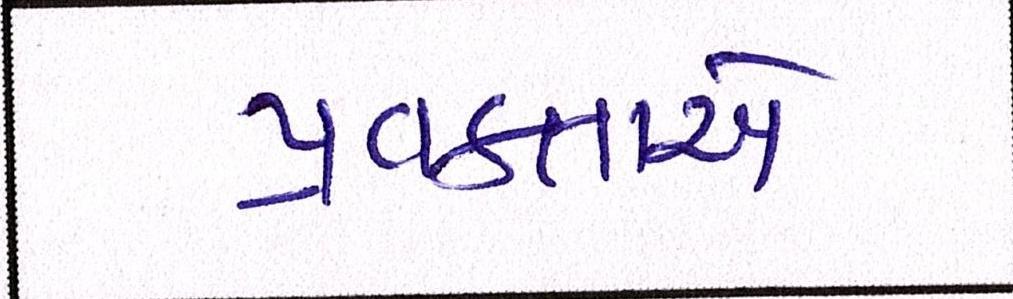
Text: પ્રવક્તાએ